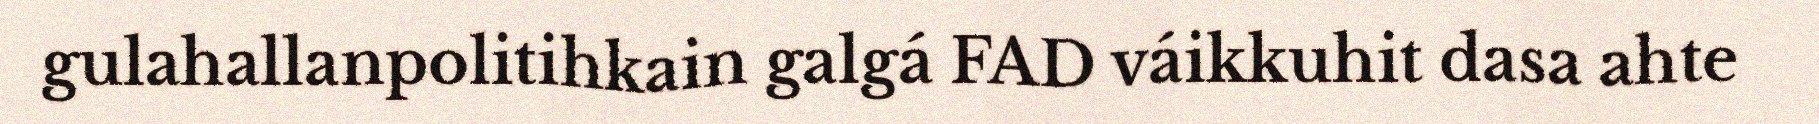
gulahallanpolitihkain galgá FAD váikkuhit dasa ahte